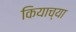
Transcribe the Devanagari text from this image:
कियाच्या